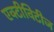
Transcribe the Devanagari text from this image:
एक्टीविटीज